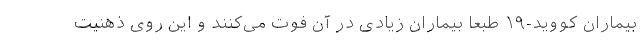
بیماران کووید-۱۹ طبعاً بیماران زیادی در آن فوت می‌کنند و این روی ذهنیت